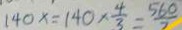
1 4 0 x = 1 4 0 \times \frac { 4 } { 3 } = \frac { 5 6 0 } { 7 }